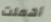
أهملت